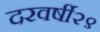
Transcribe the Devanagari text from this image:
दरवर्षी२९